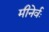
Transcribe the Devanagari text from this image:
मीनेर्वः